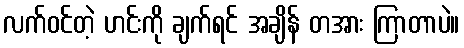
လက်ဝင်တဲ့ ဟင်းကို ချက်ရင် အချိန် တအား ကြာတာပဲ။